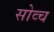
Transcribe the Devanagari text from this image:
सोव्च